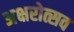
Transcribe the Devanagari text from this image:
अक्षरोत्सव